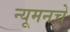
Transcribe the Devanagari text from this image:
न्यूमनचे